Report of the Hyderabad Chloroform Commission
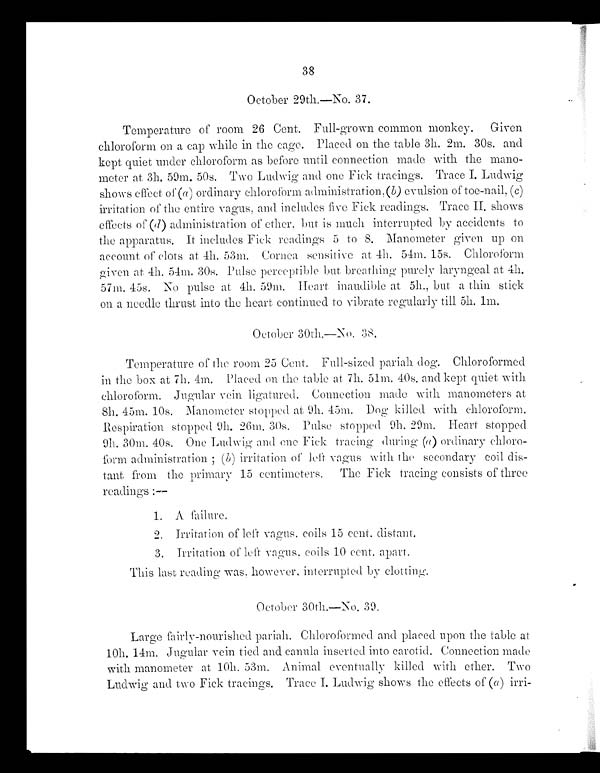
38
October 29th.—No. 37.
Temperature of room 26 Cent. Full-grown common monkey. Given
chloroform on a cap while in the cage. Placed on the table 3h. 2m. 30s. and
kept quiet under chloroform as before until connection made with the mano
-
meter at 3h. 59m. 50s. Two Ludwig and one Fick tracings. Trace I. Ludwig
shows effect of (a) ordinary chloroform administration, (b) evulsion of toe-nail, ( c)
irritation of the entire vagus, and includes live Fick readings. Trace II. shows
effects of (d) administration of ether, but is much interrupted by accidents to
the apparatus. It includes Fick readings 5 to 8. Manometer given up on
account of clots at 4h. 53m. Cornea sensitive at 4h. 54m. 15s. Chloroform
given at. 4h. 54m. 30s. Pulse perceptible but breathing purely laryngeal at 4h.
57m. 45s. No pulse at. 4h. 59m. Heart inaudible at 5h., but a thin stick
on a needle thrust into the heart continued to vibrate regularly till 5h. 1m.
October 30th.—No. 38,
Temperature of the room 25 Cent. Full-sized pariah dog. Chloroformed
in the box at 7h. 4m. Placed on the table at 7h. 51m. 40s. and kept quiet with
chloroform. Jugular vein ligatured. Connection made with manometers at.
8h. 45m. 10s. Manometer stopped at 9h. 45m. Dog killed with chloroform.
Respiration stopped 9h. 26m. 30s. Pulse stopped 9h. 20m, Heart stopped
9h. 30m. 40s. One Ludwig and one Fick tracing during ( a) ordinary chloro-
form administration (b) irritation of left vagus with the secondary coil dis-
tant from the primary 15 centimeters, The Fick tracing consists of three
readings:—
1 . A f a i l u r e .
2. Irritation of left vagus. coils 15 cent. distant.
3. Irritation of left vagus, coils 10 cent. apart.
This last reading was, however, interrupted by clotting.
October 30th.—No. 39.
Large fairly-nourished pariah. Chloroformed and placed upon the table at
10h. 14m. Jugular vein tied and canula inserted into carotid. Connection made
with manometer at. 10h. 53m. Animal eventually killed with ether. Two
Ludwig and two Fick tracings. Trace I. Ludwig shows the effects of (a) irri-